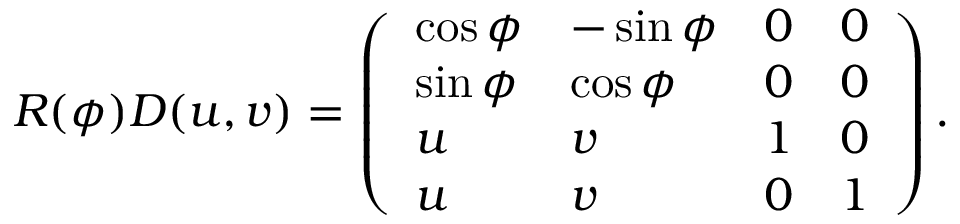
R ( \phi ) D ( u , v ) = \left( \begin{array} { l l l l } { { \cos \phi } } & { { - \sin \phi } } & { { 0 } } & { { 0 } } \\ { { \sin \phi } } & { { \cos \phi } } & { { 0 } } & { { 0 } } \\ { { u } } & { { v } } & { { 1 } } & { { 0 } } \\ { { u } } & { { v } } & { { 0 } } & { { 1 } } \end{array} \right) .